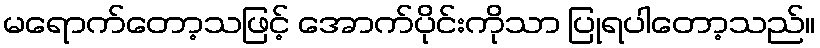
မရောက်တော့သဖြင့် အောက်ပိုင်းကိုသာ ပြုရပါတော့သည်။